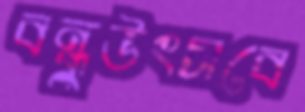
বন্ধুউৎসবে